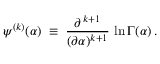
\psi ^ { ( k ) } ( \alpha ) \; \equiv \; \frac { \partial ^ { \, k + 1 } } { ( \partial \alpha ) ^ { k + 1 } } \, \ln \Gamma ( \alpha ) \, .